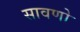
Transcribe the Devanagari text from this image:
सावणो